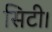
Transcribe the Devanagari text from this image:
सिटी।